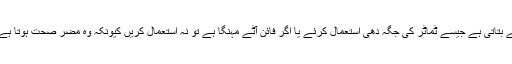
پھر مسئلہ حل کرنے کی بجائے متبادل راستے بتاتی ہے جیسے ٹماٹر کی جگہ دھی استعمال کرئے یا اگر فائن آٹے مہنگا ہے تو نہ استعمال کریں کیونکہ وہ مضر صحت ہوتا ہے وغیرہ وغیرہ جیسے کئی مشورے ملتے ہیں۔